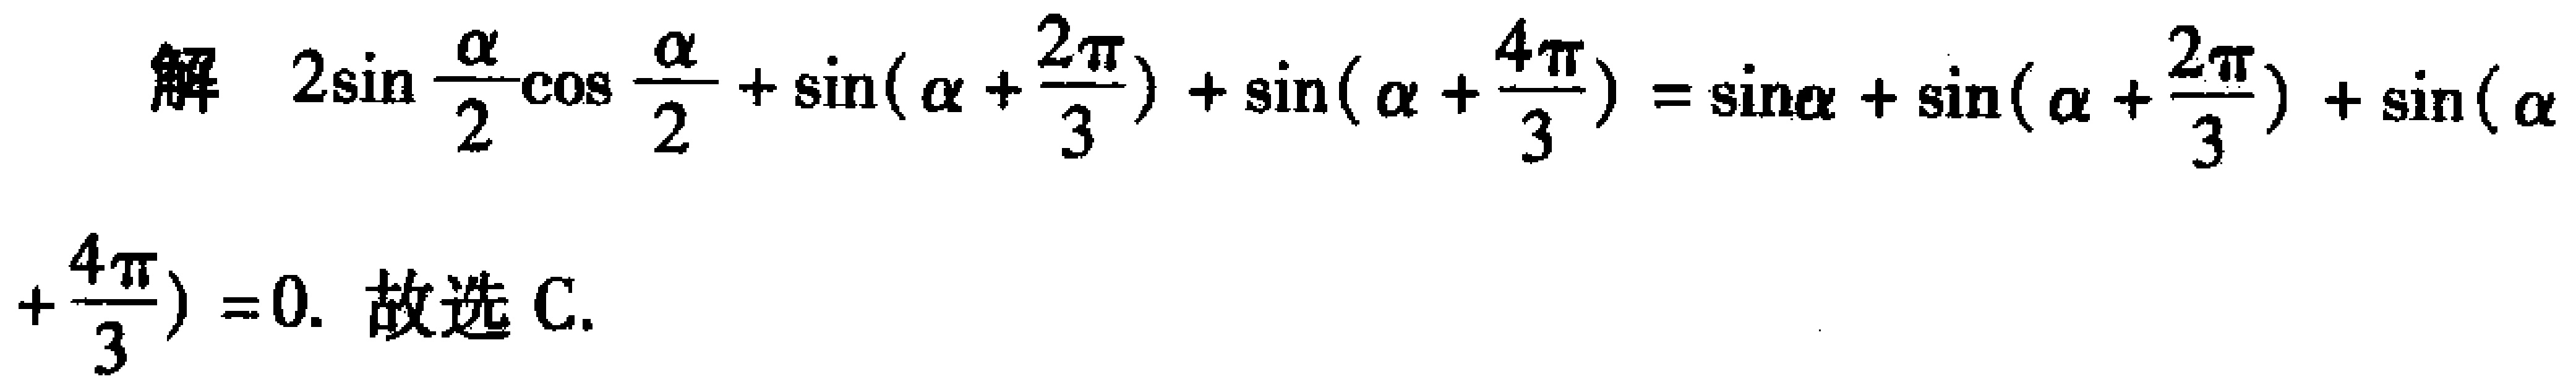
解 \(2\sin \frac{\alpha}{2}\cos \frac{\alpha}{2}+\sin(\alpha + \frac{2\pi}{3})+\sin(\alpha + \frac{4\pi}{3})=\sin\alpha+\sin(\alpha + \frac{2\pi}{3})+\sin(\alpha + \frac{4\pi}{3}) = 0\). 故选 C.